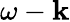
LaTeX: \omega-\mathbf{k}